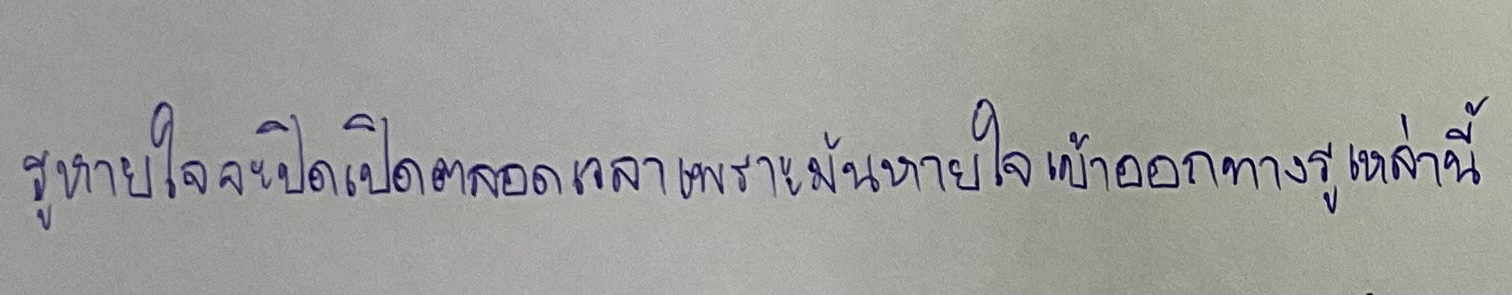
รูหายใจจะปิดเปิดตลอดเวลาเพราะมันหายใจเข้าออกทางรูเหล่านี้